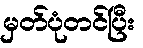
မှတ်ပုံတင်ပြီး